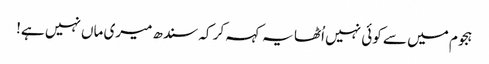
ہجوم میں سے کوئی نہیں اُٹھا یہ کہہ کر کہ سندھ میری ماں نہیں ہے!